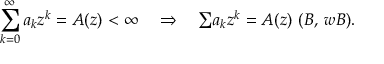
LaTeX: \sum _ { k = 0 } ^ { \infty } a _ { k } z ^ { k } = A ( z ) < \infty \quad \Rightarrow \quad { \textstyle \sum } a _ { k } z ^ { k } = A ( z ) \, \, ( { \boldsymbol { B } } , \, { \boldsymbol { w B } } ) .